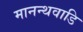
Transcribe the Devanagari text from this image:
मानन्थवाडि